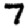
Digit: 7